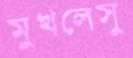
মুখলেসু